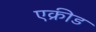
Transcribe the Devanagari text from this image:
एक्रीड